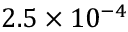
2 . 5 \times 1 0 ^ { - 4 }